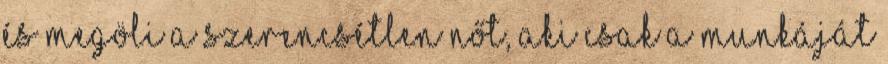
és megöli a szerencsétlen nőt, aki csak a munkáját